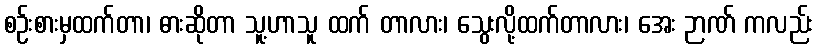
စဉ်းစားမှထက်တာ၊ ဓားဆိုတာ သူ့ဟာသူ ထက် တာလား၊ သွေးလို့ထက်တာလား၊ အေး ဉာဏ် ကလည်း